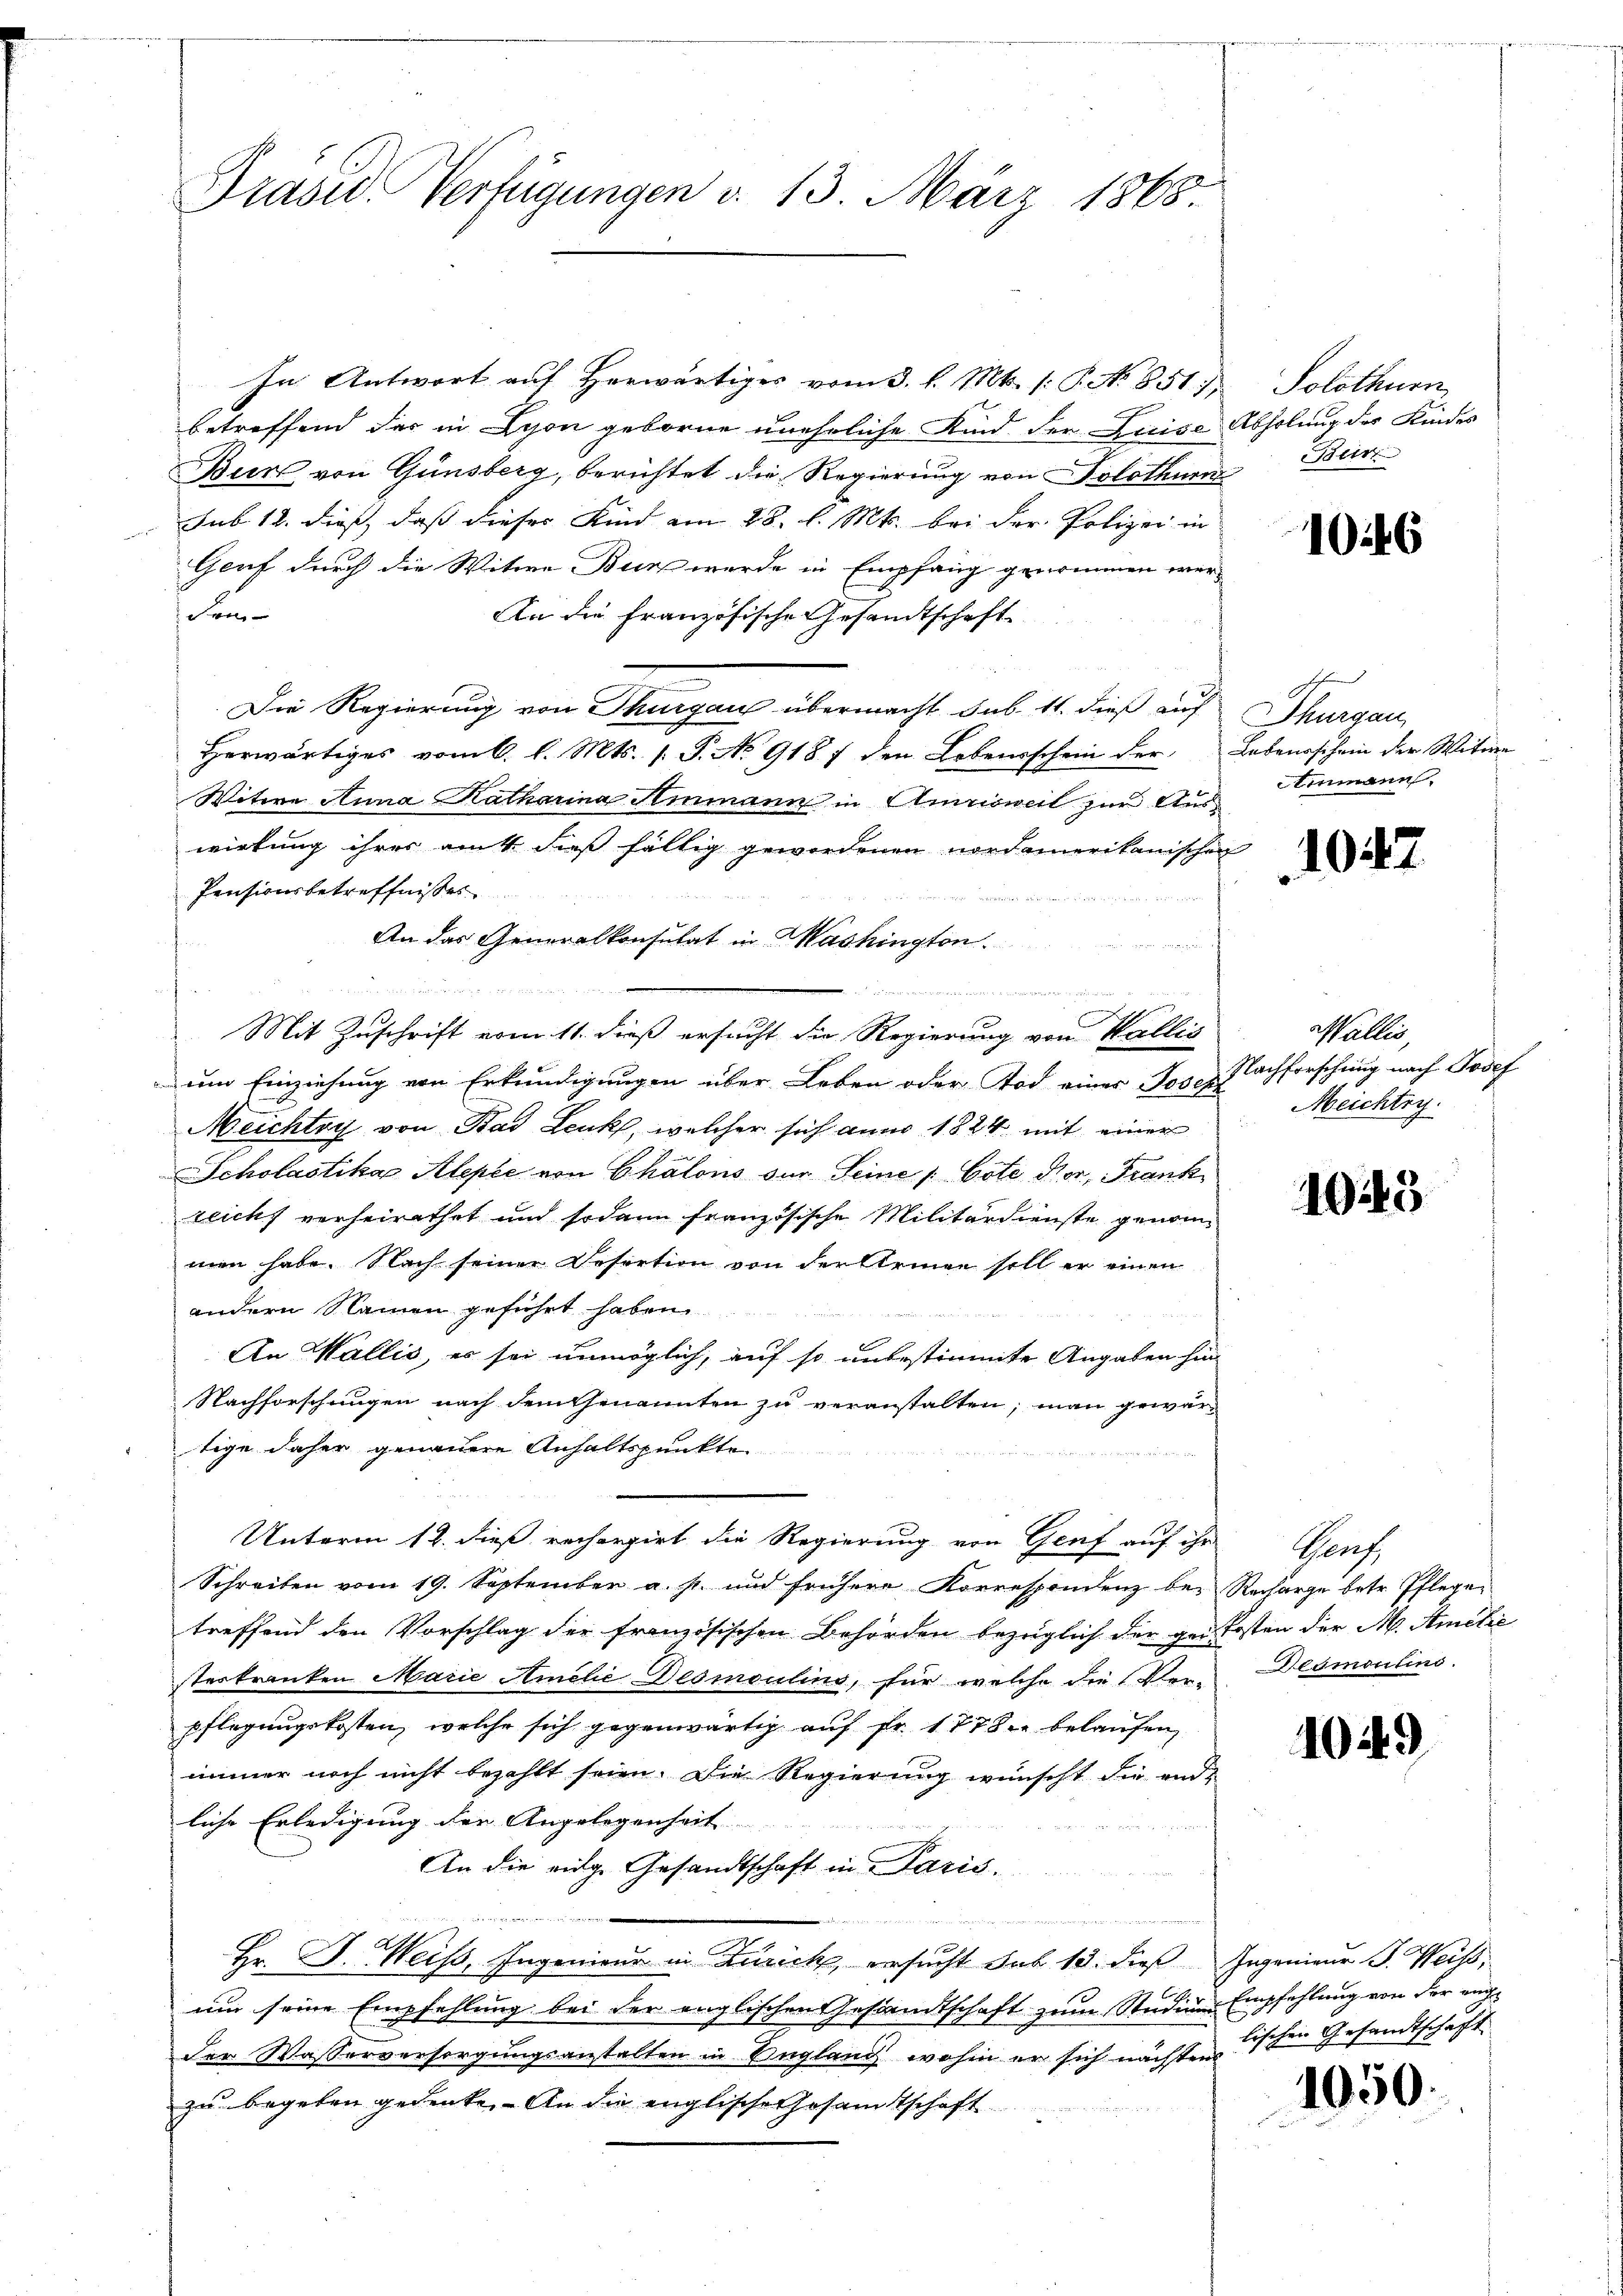
Präsid. Verfügungen d. 13. März 1868.

In Antwort auf herwärtiges vom 3. l. Mts. (: P. No 851.
betreffend der in Lyon geborne uneheliche Kind der Luise
Bur von Günsberg, berichtet die Regierung von Solothur
sub. 18. dies, dass dieses Kind am 28. l. Mts. bei der Polizei in
Genf durch die Witwe Bun werde in Empfang genommen wer¬
Fri
An die Französische Gesandtschaft
Die Regierung von Thurgau übermacht sub. 11. dieß auf
Herwärtiges vom 6. l. Mts. 1. P. No 9187 den Lebensschein der
Witwe Anna Katharina Ammann in Amrisweil zur Auswirkung ihrer auf dieß fällig gewordenen nordamerikanischen
Pensionsbetreffnisses

An das Generalkonsulat in Mashington.
.
Mit Zuschrift vom 11. dieß ersucht die Regierung von Wallis
um Einziehung von Erkundigungen über Leben oder Tod einer Joseph
Neichtry von Bad Lenk, welcher sich anno 1824 mit einer
Scholastikar Alepte von Chalons der Seine / Cote dier, Frankzeicht vorheirathet und sodann französische Militärdienste genommen habe. Nach seiner Desertion von der Armen soll er einen
andern Namen geführt haben.

b
An Wallis, es sei unmöglich, auf so unbestimmte Angaben hin
Nachforschungen nach dem Genannten zu veranstalten; man gewärtige daher genauere Anhaltspunkte

 12 x
Unterm 12. dieß recherpirt die Regierung von Genf auf ihr Genf,
Schreiben vom 19. September a. s. und frühere Korrespondenz bei Recharge betr. Pflegetreffend den Vorschlag der französischen Behörden bezüglich der gen Kosten der M. Amilić
sterkranken Marie Amehe Desmoulins, für welche die Ver-
pflegungskosten, welche sich gegenwärtig auf Fr. 1778. belaufen,
immer noch nicht bezahlt seien. Die Regierung wünscht die und
liche Erledigung der Angelegenheit
An die eidge Gesandtschaft in Paris.
Hr. J. Weiss, Ingenieur in Zürich, ersucht sub 13. dieß Ingenieur J. Weiss
um seine Empfehlung bei der englischen Gestandtschaft zum Studium Empfehlung von der ange
der Wasserversorgungsanstalten in England, wohin er sich nächsten schen Gesandtschaft
zu begeben gedenke. An die englische Gesamtschaft

Solothurn
Abholung des Kindes
Beir

u

1046

Thurgau
Lebensschein der Witwe
Ammann

1047

Wallis,
Nachforschung nach Josef
Meichtry.

1945

Degmoulins.

1049

1050.